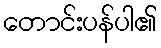
တောင်းပန်ပါ၏